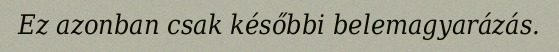
Ez azonban csak későbbi belemagyarázás.